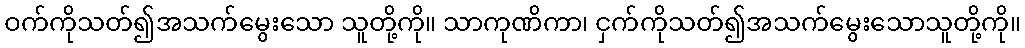
ဝက်ကိုသတ်၍အသက်မွေးသော သူတို့ကို။ သာကုဏိကာ၊ ငှက်ကိုသတ်၍အသက်မွေးသောသူတို့ကို။